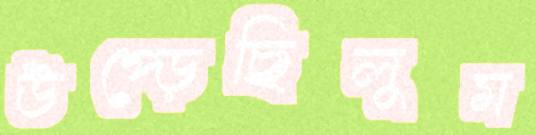
উপ্‌ড়েছিলুম